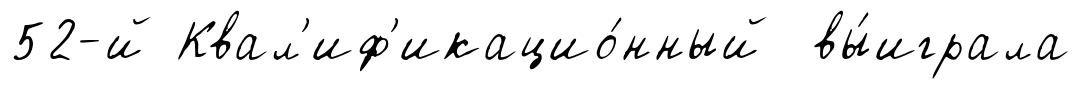
52-й Квал'иф'икацио́нный вы́играла